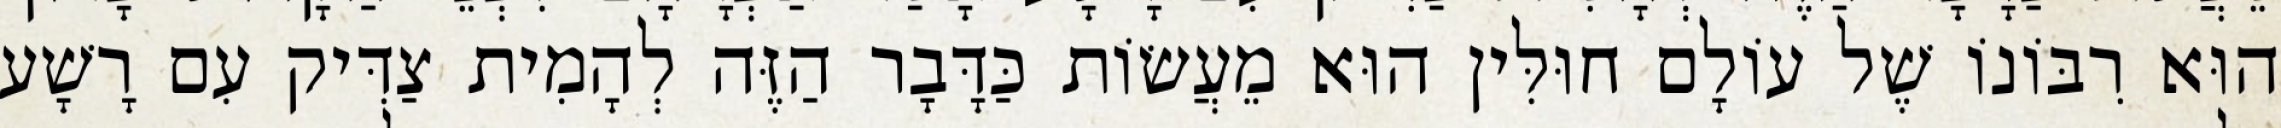
הוּא רִבּוֹנוֹ שֶׁל עוֹלָם חוּלִּין הוּא מֵעֲשׂוֹת כַּדָּבָר הַזֶּה לְהָמִית צַדִּיק עִם רָשָׁע